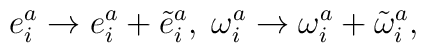
e_{i}^{a}\rightarrow e^{a}_{i}+\tilde{e}^{a}_{i},\;\omega_{i}^{a}\rightarrow\omega_{i}^{a}+\tilde{\omega}_{i}^{a},